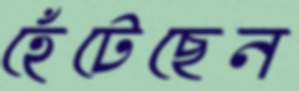
হেঁটেছেন